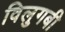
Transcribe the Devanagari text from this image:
विलुगबी